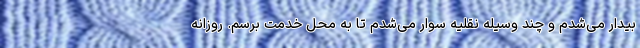
بیدار می‌شدم و چند وسیله نقلیه سوار می‌شدم تا به محل خدمت برسم. روزانه